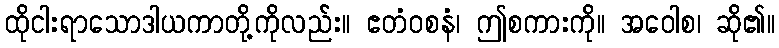
ထိုငါးရာသောဒါယကာတို့ကိုလည်း။ ဧတံဝစနံ၊ ဤစကားကို။ အဝေါစ၊ ဆို၏။